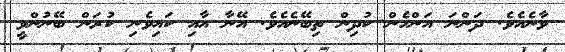
ވާނެއެވެ. ދަންނަ އަންހެން ކުދިން ތިބޭނެއެވެ. އޭނާ އާއި ކައިވެނި ކުރަން ބޭނުންވީ